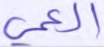
العمي